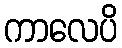
ကာလေပိ